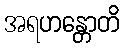
အရဟန္တောတိ